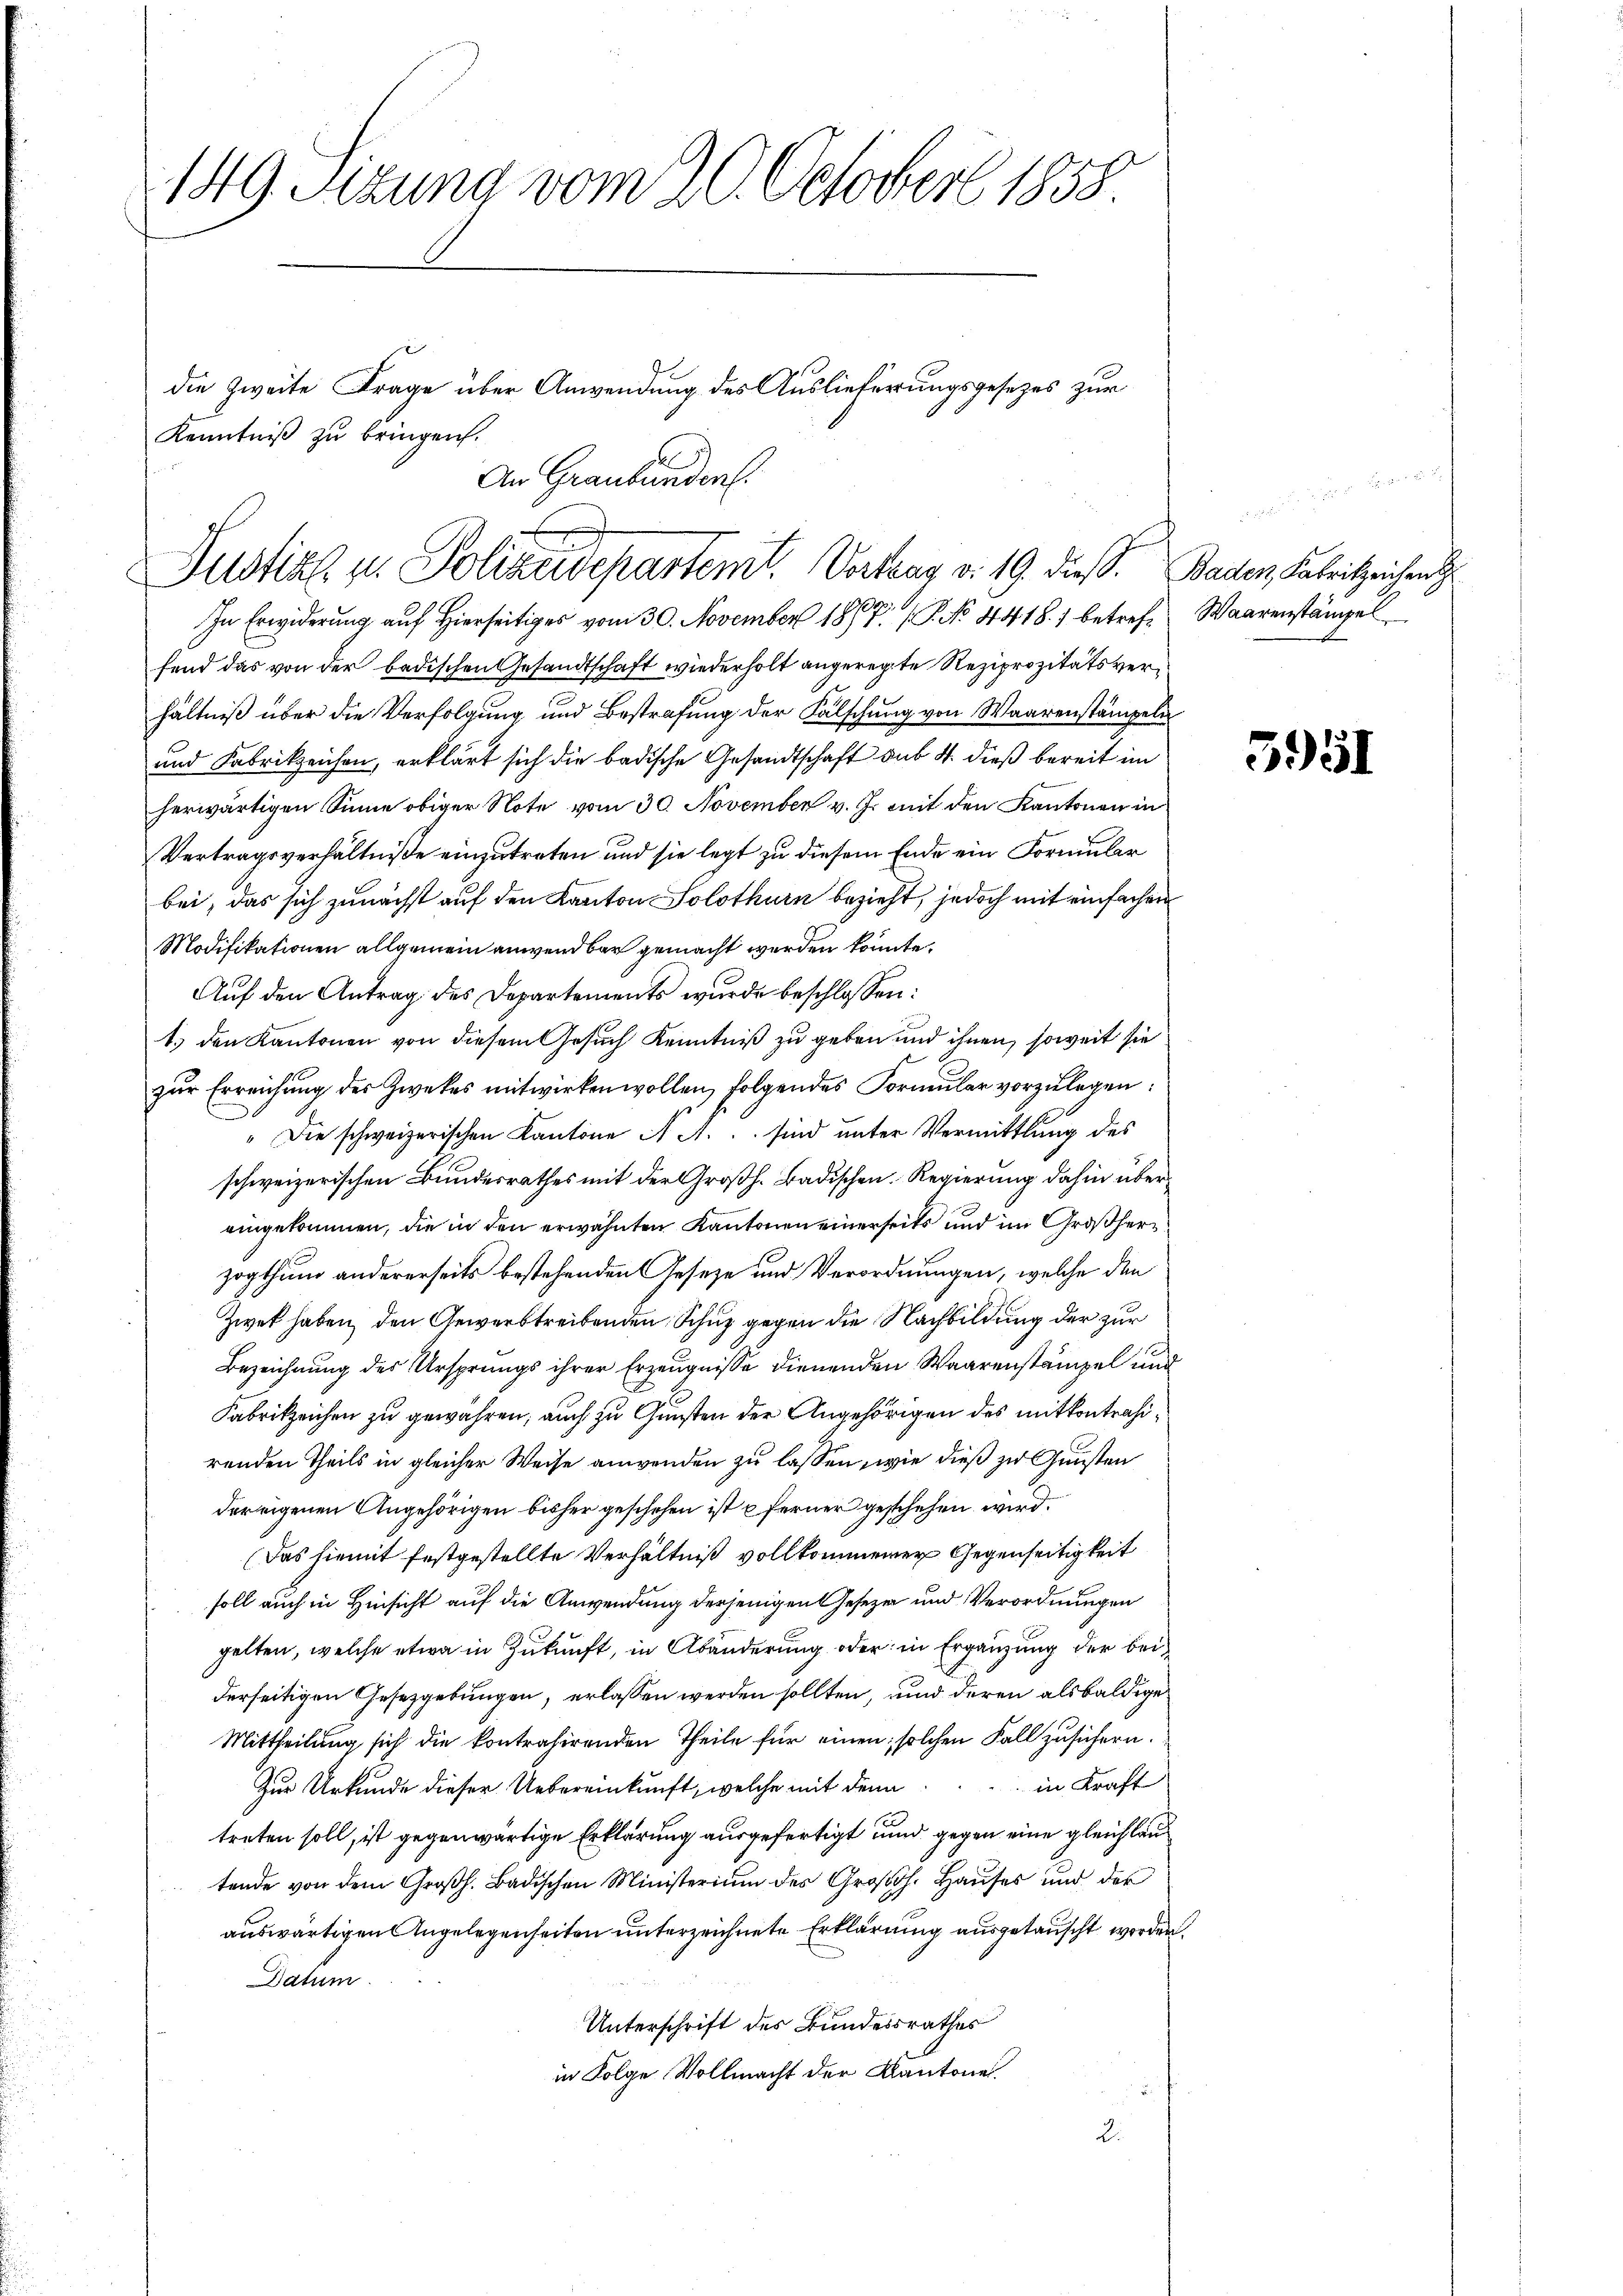
149. Sizung vom 20. October 1858.

die Zweite Frage über Anwendung des Auslieferungsgesetzes zur
Kenntniβ zŭ bringen.
An Graubünden.

Justiz u. Polizeidepartemt. Vertrag v. 19. diess. Baden, Fabrikzeichent

In Erwiderung auf Hierseitiges vom 30. November 1867 (P No 4418.) betreffend das von der badischen Gesandtschaft wiederholt angeregte Reziprozitätsvere
hältniß über die Verfolgung und Bestrafung der Fälschung von Waarenstämpeln
und Fabrikzeichen, erklärt sich die badische Gesandtschaft sub 4 dieß bereit im
herwärtigen Sinne obiger Note vom 30. November v. J. mit den Kantonen in
Vertragsverhältniße einzutreten und sie legt zu diesem Ende ein Formular
bei, das sich zunächst auf den Kanton Solothurn bezieht, jedoch mit einfachen
Modifikationen allgemein anwendbar gemacht werden könnte.
Auf den Antrag des Departements wurde beschlossen:
1. den Kantonen von diesem Gesuch Kenntniß zu geben und ihnen, soweit sie
zŭr Erreichŭng der Zwekes mitwirken wollen, folgendes Formŭlar vorzŭlegen:
" Die schweizerischen Kantone A. A. sind unter Vermittlung des
schweizerischen Bundesrathes mit der Großh. Badischen. Regierung dahin übereingekommen, die in den erwähnten Kantonen einerseits und im Großherr
zogthum andererseits bestehenden Geseze und Verordnungen, welche den
Zwet haben, den Gewerb treibenden Schuz gegen die Nachbildung der zur
Bezeichnung des Ursprungs ihrer Erzeugnisse dienenden Waarenstämpel und
Fabrikzeichen zu gewähren; auch zu Gunsten der Angehörigen des mitkontrahirenden Theils in gleicher Weise anwenden zu lassen, wie dieß zu Gunsten
der eigenen Angehörigen bisher geschehen ist u ferner geschehen wird.
Das hiemit festgestellte Verhältniß vollkommener Gegenseitigkeit
soll auch in Hinsicht auf die Anwendung derjenigen Gesezen und Verordnungen
gelten, welche etwa in Zukunft, in Abänderung oder in Ergänzung der beiderseitigen Gesetzgebungen, erlassen werden sollten, und deren alsbaldige
Mittheilung sich die kontrahirenden Theile für einen; solchen Fall zusichern.
in Kraft
Zur Urkunde dieser Uebereinkunft, welche mit denn
treten soll, ist gegenwärtige Erklärung ausgefertigt und gegen eine gleichlau
tende von dem Großh. Badischen Ministerium des Groβoh. Haŭses und des
auswärtigen Angelegenheiten unterzeichnete Erklärung ausgetauscht worden.
Datum.
Unterschrift des Bundesrathes
in Folge Vollmacht der Kantone.
2.

r
Waarenständel

5951